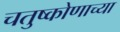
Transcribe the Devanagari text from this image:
चतुष्कोणाच्या